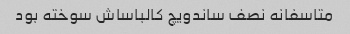
متاسفانه نصف ساندویچ کالباساش سوخته بود